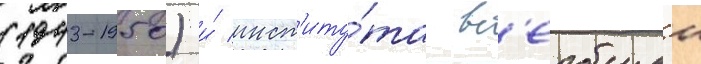
(1943-1950) и́ инст'иту́та вс'еобщеи